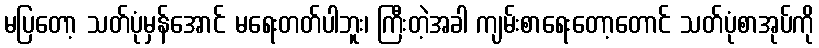
မပြတော့ သတ်ပုံမှန်အောင် မရေးတတ်ပါဘူး၊ ကြီးတဲ့အခါ ကျမ်းစာရေးတော့တောင် သတ်ပုံစာအုပ်ကို